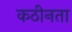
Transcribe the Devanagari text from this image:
कठीनता